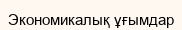
Экономикалық ұғымдар